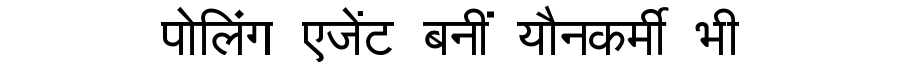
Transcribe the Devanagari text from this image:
पोलिंग एजेंट बनीं यौनकर्मी भी